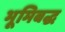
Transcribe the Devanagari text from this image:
भूमिबद्ध